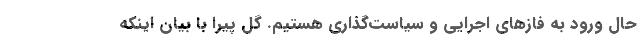
حال ورود به فازهای اجرایی و سیاست‌گذاری هستیم. گل پیرا با بیان اینکه